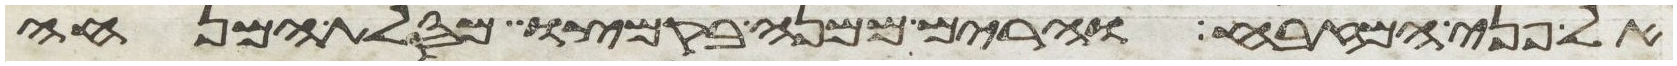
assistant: אל פני המזבח והרים ממנה בקמצו מסלת המנחה